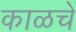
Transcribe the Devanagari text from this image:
काळचें